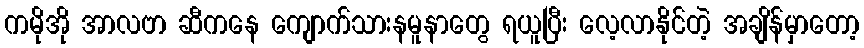
ကမိုအို အာလဗာ ဆီကနေ ကျောက်သားနမူနာတွေ ရယူပြီး လေ့လာနိုင်တဲ့ အချိန်မှာတော့